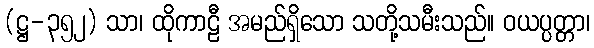
(ဋ္ဌ-၃၅၂) သာ၊ ထိုကာဠီ အမည်ရှိသော သတို့သမီးသည်။ ဝယပ္ပတ္တာ၊